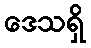
ဒေသရှိ